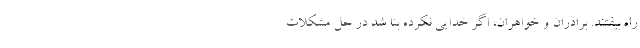
راه بیفتند. برادران و خواهران، اگر خدایی نکرده بنا شد در حل مشکلات